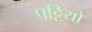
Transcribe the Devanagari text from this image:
पट्टियो